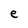
Character: e